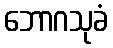
ဘောဂသုခံ